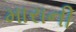
મારાની